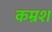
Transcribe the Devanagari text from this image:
कम्रश